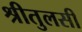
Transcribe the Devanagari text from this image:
श्रीतुलसी